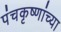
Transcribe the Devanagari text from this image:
पंचकृष्णांच्या